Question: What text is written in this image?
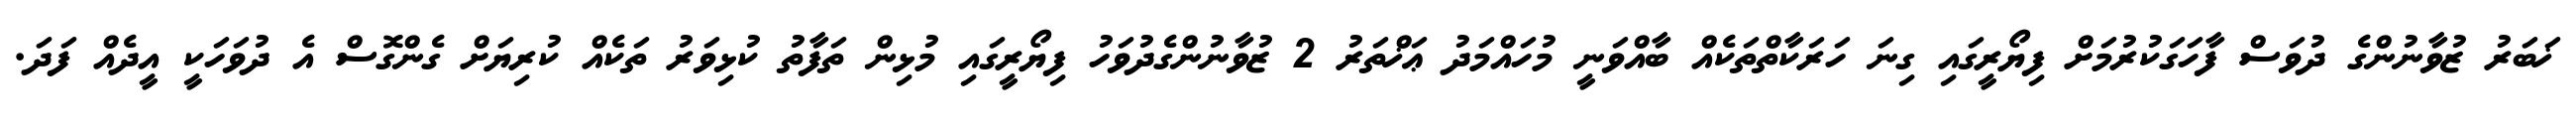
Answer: ޚަބަރު ޒުވާނުންގެ ދުވަސް ފާހަގަކުރުމަށް ފިޔޯރީގައި ގިނަ ހަރަކާތްތަކެއް ބާއްވަނީ މުހައްމަދު ޢަޚްތަރު 2 ޒުވާނުންގެދުވަހު ފިޔޯރީގައި މުޅިން ތަފާތު ކުޅިވަރު ތަކެއް ކުރިޔަށް ގެންގޮސް އެ ދުވަހަކީ އީދެއް ފަދަ.